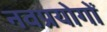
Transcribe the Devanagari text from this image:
नवप्रयोगों